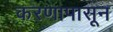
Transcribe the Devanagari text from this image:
करणापासून